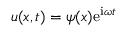
u ( x , t ) = \psi ( x ) \mathrm { e } ^ { \mathrm { i } \omega t }